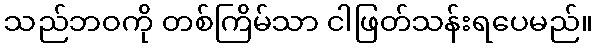
သည်ဘဝကို တစ်ကြိမ်သာ ငါဖြတ်သန်းရပေမည်။